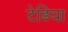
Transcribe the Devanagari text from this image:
टेडिया